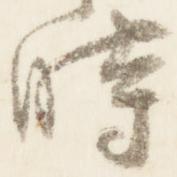
時